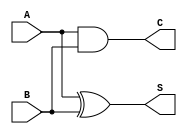
module current_mode_half_adder (
    input wire A,  // Current input for the first binary digit
    input wire B,  // Current input for the second binary digit
    output wire S, // Current output for the sum
    output wire C  // Current output for the carry
);

// Internal signals for the sum and carry
wire sum_logic;
wire carry_logic;

// Logic for Sum (S = A XOR B)
assign sum_logic = A ^ B; // XOR operation

// Logic for Carry (C = A AND B)
assign carry_logic = A & B; // AND operation

// Assign outputs
assign S = sum_logic; // Output current for Sum
assign C = carry_logic; // Output current for Carry

endmodule